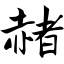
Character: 赭